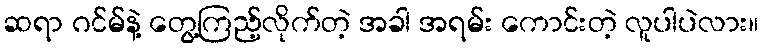
ဆရာ ဂင်မ်နဲ့ တွေ့ကြည့်လိုက်တဲ့ အခါ အရမ်း ကောင်းတဲ့ လူပါပဲလား။